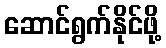
ဆောင်ရွက်နိုင်ဖို့